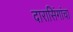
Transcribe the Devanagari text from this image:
दारासिंगांचा